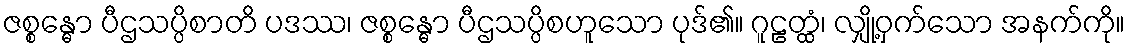
ဇစ္စန္ဓော ပီဌသပ္ပိစာတိ ပဒဿ၊ ဇစ္စန္ဓော ပီဌသပ္ပိစဟူသော ပုဒ်၏။ ဂူဠတ္ထံ၊ လျှို့ဝှက်သော အနက်ကို။